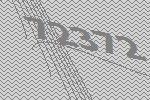
72372